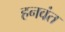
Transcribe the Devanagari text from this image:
हनवंत